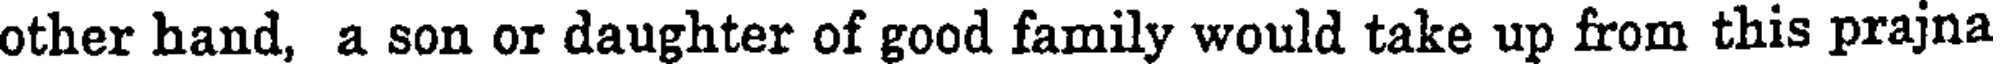
other hand, a son or daughter of good family would take up from this prajna